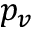
p _ { v }